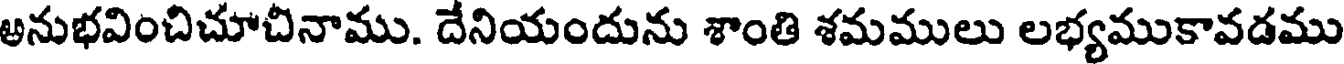
అనుభవించిచూచినాము. దేనియందును శాంతి శమములు లభ్యముకావడము